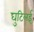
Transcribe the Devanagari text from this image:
घुटिलई